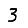
Digit: 3